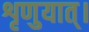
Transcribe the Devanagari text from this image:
शृणुयात्।